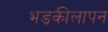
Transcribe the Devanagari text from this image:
भड़कीलापन